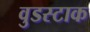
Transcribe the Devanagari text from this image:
वुडस्टाक